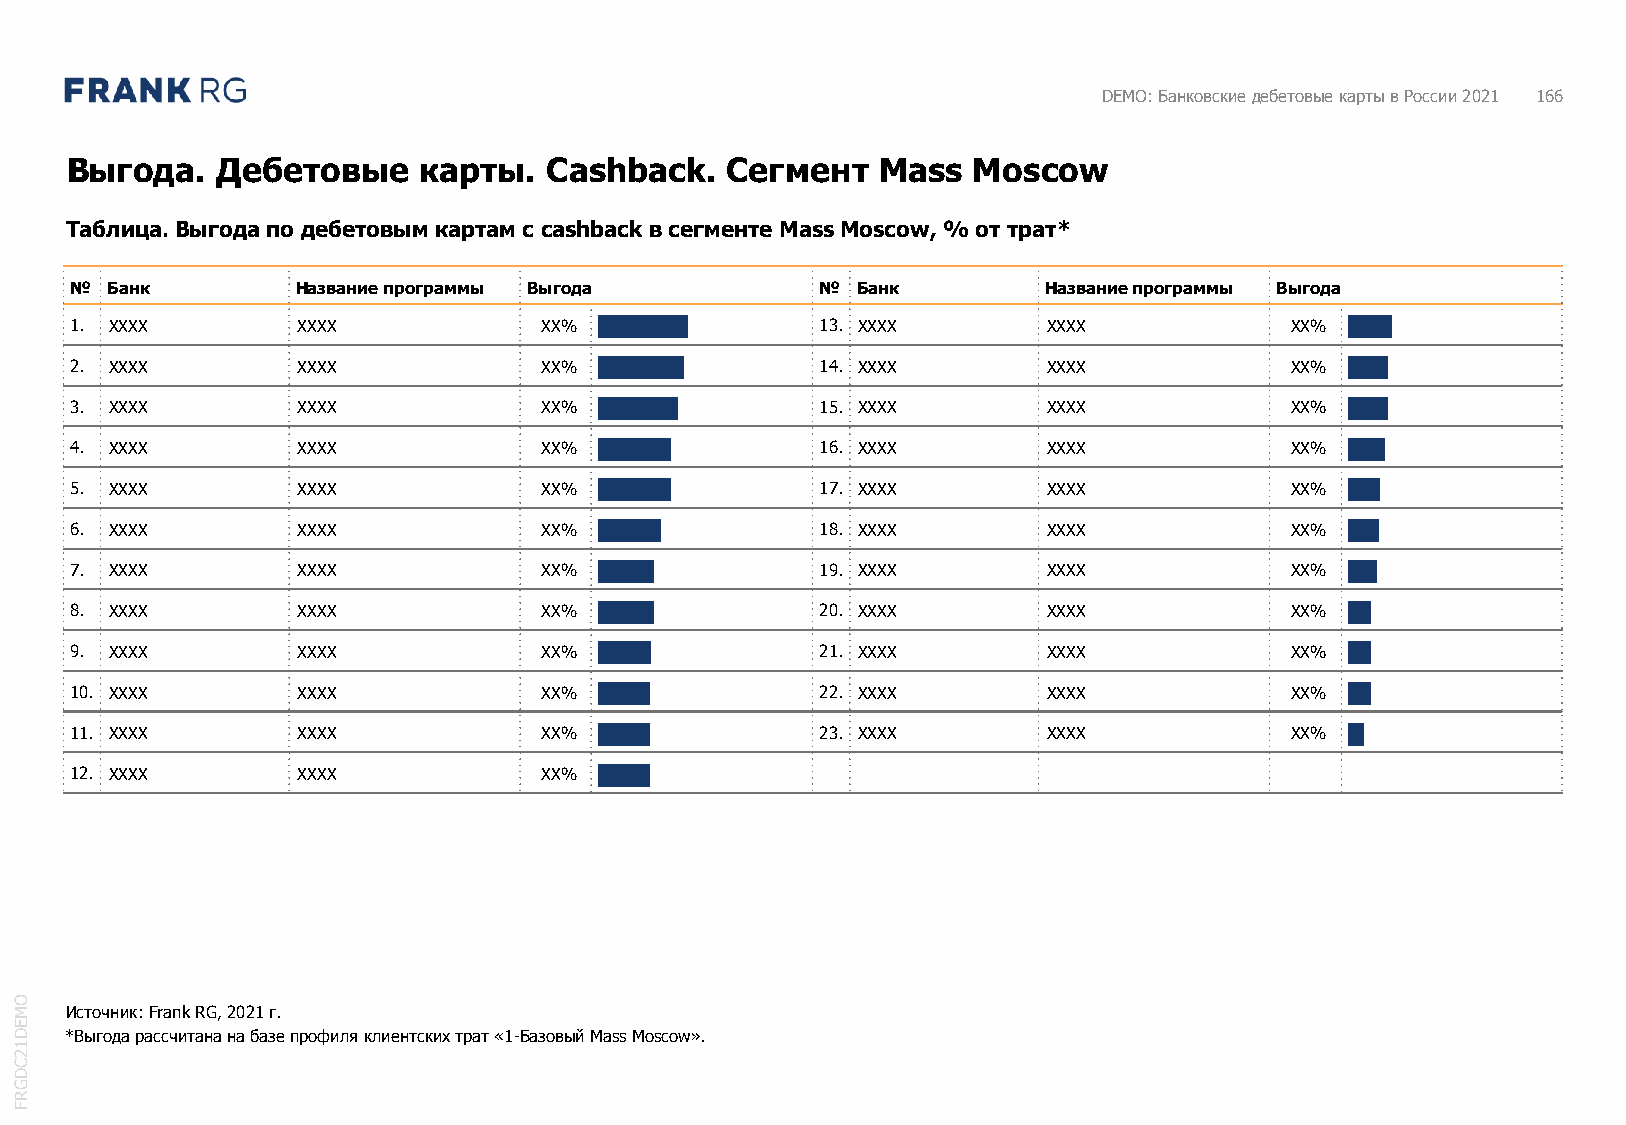
DEMO: Банковские дебетовые карты в России 2021 166
 Выгода.   Дебетовые     карты.  Cashback.   Сегмент   Mass  Moscow
 Таблица. Выгода по дебетовым картам с cashback в сегменте Mass Moscow, % от трат*
 № Банк         Название программы Выгода         №  Банк        Название программы Выгода
 1. XXXX        XXXX            XX% ggggg         13. XXXX       XXXX            XX% ggg
 2. XXXX        XXXX            XX% ggggg         14. XXXX       XXXX            XX% gg
 3. XXXX        XXXX            XX% ggggg         15. XXXX       XXXX            XX% gg
 4. XXXX        XXXX            XX% gggg          16. XXXX       XXXX            XX% gg
 5. XXXX        XXXX            XX% gggg          17. XXXX       XXXX            XX% gg
 6. XXXX        XXXX            XX% gggg          18. XXXX       XXXX            XX% gg
 7. XXXX        XXXX            XX% ggg           19. XXXX       XXXX            XX% gg
 8. XXXX        XXXX            XX% ggg           20. XXXX       XXXX            XX% g
 9. XXXX        XXXX            XX% ggg           21. XXXX       XXXX            XX% g
 10. XXXX       XXXX            XX% ggg           22. XXXX       XXXX            XX% g
 11. XXXX       XXXX            XX% ggg           23. XXXX       XXXX            XX% g
 12. XXXX       XXXX            XX% ggg
 O
 M  Источник: Frank RG, 2021г.
 E
 D  *Выгода рассчитана на базе профиля клиентских трат «1-Базовый Mass Moscow».
 1
 2
 C
 D
 G
 R
 F